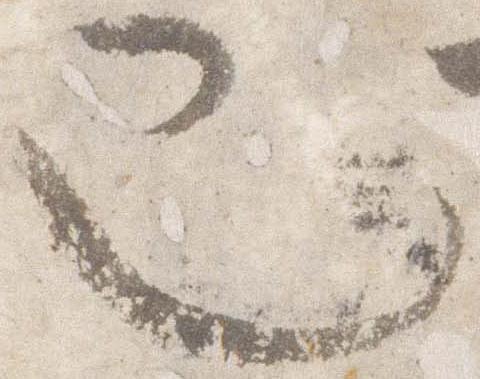
也